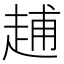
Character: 𧻷